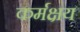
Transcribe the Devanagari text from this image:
कर्मक्षय